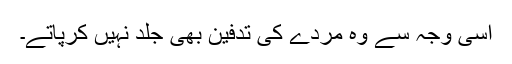
اسی وجہ سے وہ مردے کی تدفین بھی جلد نہیں کرپاتے۔